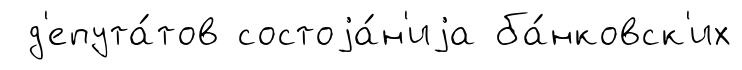
д'епута́тов состоjа́н'иjа ба́нковск'их